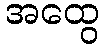
အထွေ